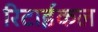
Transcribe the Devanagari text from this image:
रिटाईकल